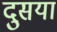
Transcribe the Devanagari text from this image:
दुसया